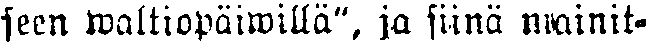
seen waltiopäiwillä", ja siinä mainit-